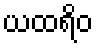
ယထရိဝ